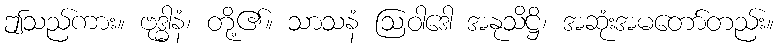
ဤသည်ကား။ ဗုဒ္ဓါနံ၊ တို့၏။ သာသနံ ဩဝါဒေါ အနုသိဋ္ဌိ၊ အဆုံးအမတော်တည်း။